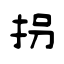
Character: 拐